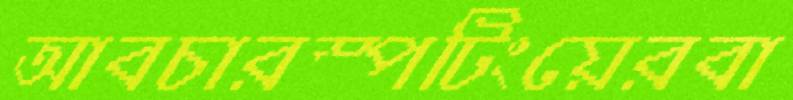
আবচারস্পটিংয়েরবা